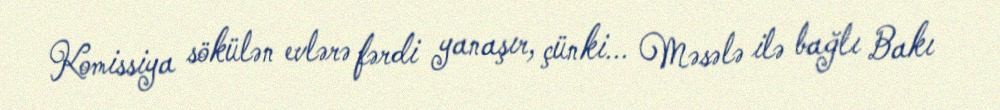
Komissiya sökülən evlərə fərdi yanaşır, çünki... Məsələ ilə bağlı Bakı